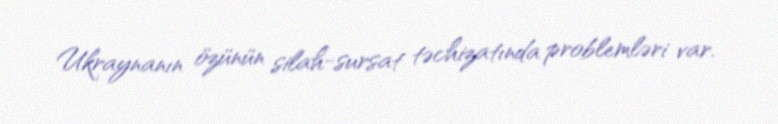
Ukraynanın özünün silah-sursat təchizatında problemləri var.